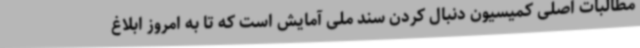
مطالبات اصلی کمیسیون دنبال کردن سند ملی آمایش است که تا به امروز ابلاغ